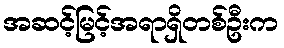
အဆင့်မြင့်အရာရှိတစ်ဦးက